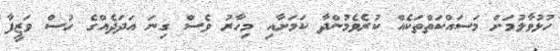
ހުޅުވާލުމަށް މަސައްކަތްތަކެއް ކުރެވެމުންދާ ކަމަށާއި މިހާރު ވެސް ގިނަ އަދަދެއްގެ ހުސް ވަޒީފާ